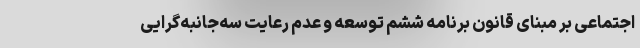
اجتماعی بر مبنای قانون برنامه ششم توسعه و عدم رعایت سه‌جانبه‌گرایی